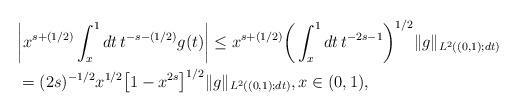
LaTeX: \begin{align*} & \bigg|x^{s+(1/2)} \int_x^1 dt \, t^{-s - (1/2)} g(t)\bigg| \leq x^{s + (1/2)} \bigg(\int_x^1 dt \, t^{-2s -1}\bigg)^{1/2} \|g\|_{L^2((0,1);dt)} \\& = (2s)^{-1/2} x^{1/2} \big[1 - x^{2s}\big]^{1/2} \|g\|_{L^2((0,1);dt)}, x \in (0,1), \end{align*}